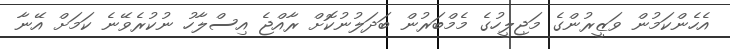
އެހެންކަމުން ވަޒީރުންގެ މަޖިލީހުގެ މެމްބަރުން ބަދަލުނުކޮށް ރާއްޖެ އިސްލާހު ނުކުރެވޭނެ ކަމަށް އޭނާ